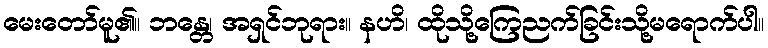
မေးတော်မူ၏။ ဘန္တေ၊ အရှင်ဘုရား။ နဟိ၊ ထိုသို့ကြေညက်ခြင်းသို့မရောက်ပါ။